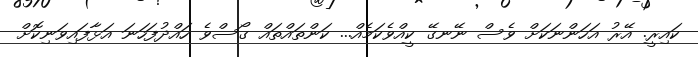
ކައިރީ. އޭރު އަހަންނަކަށް ވެސް ނޭނގޭ ކީއްވެކަމެއް... ކަންތައްތައް ގޯސްވެ ހައްދުފަހަނަ އަޅާފައިވަނިކޮށް